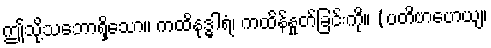
ဤသို့သဘောရှိသော။ ကထိနုဒ္ဓါရံ၊ ကထိန်နှုတ်ခြင်းကို။ (ပတိဗာဟေယျ၊